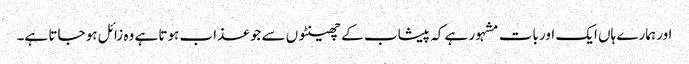
اور ہمارے ہاں ایک اور بات مشہور ہے کہ پیشاب کے چھینٹوں سے جو عذاب ہوتا ہے وہ زائل ہو جاتا ہے۔